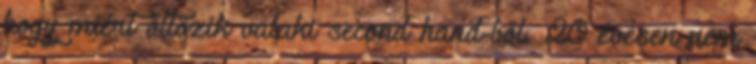
hogy miért öltözik valaki second hand-ből. 20 évesen nem